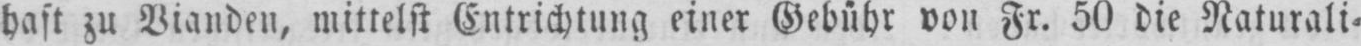
hast zu Vianden, mittelst Entrichtung einer Gebühr von Fr. 50 die Naturali⸗